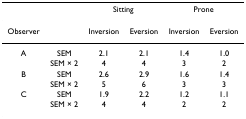
<table><thead><tr><td></td><td></td><td colspan="2"><b>Sitting</b></td><td colspan="2"><b>Prone</b></td></tr></thead><tbody><tr><td>Observer</td><td></td><td>Inversion</td><td>Eversion</td><td>Inversion</td><td>Eversion</td></tr><tr><td>A</td><td>SEM</td><td>2.1</td><td>2.1</td><td>1.4</td><td>1.0</td></tr><tr><td></td><td>SEM × 2</td><td>4</td><td>4</td><td>3</td><td>2</td></tr><tr><td>B</td><td>SEM</td><td>2.6</td><td>2.9</td><td>1.6</td><td>1.4</td></tr><tr><td></td><td>SEM × 2</td><td>5</td><td>6</td><td>3</td><td>3</td></tr><tr><td>C</td><td>SEM</td><td>1.9</td><td>2.2</td><td>1.2</td><td>1.1</td></tr><tr><td></td><td>SEM × 2</td><td>4</td><td>4</td><td>2</td><td>2</td></tr></tbody></table>